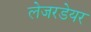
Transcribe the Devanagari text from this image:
लेजरडेयर